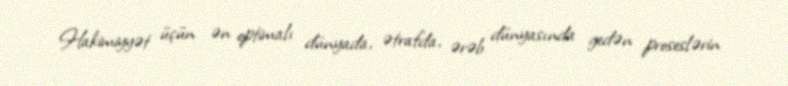
Hakimiyyət üçün ən optimalı dünyada, ətrafda, ərəb dünyasında gedən proseslərin